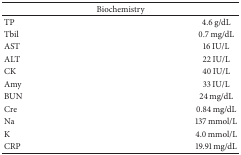
<table><thead><tr><td colspan="2"><b>Biochemistry</b></td></tr></thead><tbody><tr><td>TP</td><td>4.6 g/dL</td></tr><tr><td>Tbil</td><td>0.7 mg/dL</td></tr><tr><td>AST</td><td>16 IU/L</td></tr><tr><td>ALT</td><td>22 IU/L</td></tr><tr><td>CK</td><td>40 IU/L</td></tr><tr><td>Amy</td><td>33 IU/L</td></tr><tr><td>BUN</td><td>24 mg/dL</td></tr><tr><td>Cre</td><td>0.84 mg/dL</td></tr><tr><td>Na</td><td>137 mmol/L</td></tr><tr><td>K</td><td>4.0 mmol/L</td></tr><tr><td>CRP</td><td>19.91 mg/dL</td></tr></tbody></table>